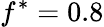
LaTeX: f^{*}=0.8